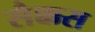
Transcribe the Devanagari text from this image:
सैक्कस